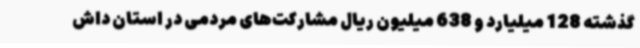
گذشته 128 میلیارد و 638 میلیون ریال مشارکت‌های مردمی در استان داش